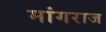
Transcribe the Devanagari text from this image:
मांगराज